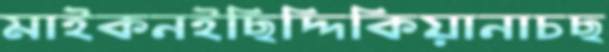
মাইকনইছিদ্দিকিয়ানাচছ